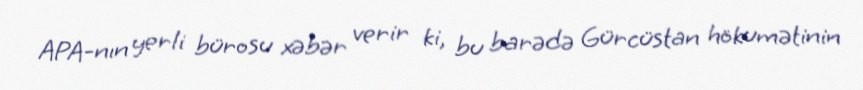
APA-nın yerli bürosu xəbər verir ki, bu barədə Gürcüstan hökumətinin